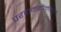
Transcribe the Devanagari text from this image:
परवानगीनंतरच